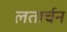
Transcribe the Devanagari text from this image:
लतार्चन